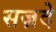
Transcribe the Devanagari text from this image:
सज़दे